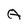
Character: A